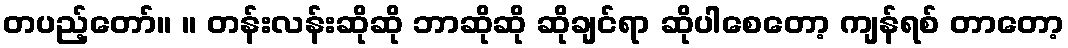
တပည့်တော်။ ။ တန်းလန်းဆိုဆို ဘာဆိုဆို ဆိုချင်ရာ ဆိုပါစေတော့ ကျန်ရစ် တာတော့